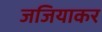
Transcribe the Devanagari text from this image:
जजियाकर